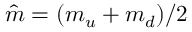
\hat { m } = ( m _ { u } + m _ { d } ) / 2